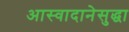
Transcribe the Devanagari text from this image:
आस्वादानेसुद्धा